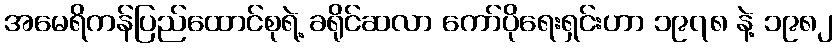
အမေရိကန်ပြည်ထောင်စုရဲ့ ခရိုင်ဆလာ ကော်ပိုရေးရှင်းဟာ ၁၉၇၈ နဲ့ ၁၉၈၂